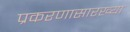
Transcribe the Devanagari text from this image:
प्रकरणासारख्या